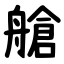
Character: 艙